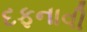
દફનાવી